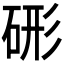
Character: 𥒱